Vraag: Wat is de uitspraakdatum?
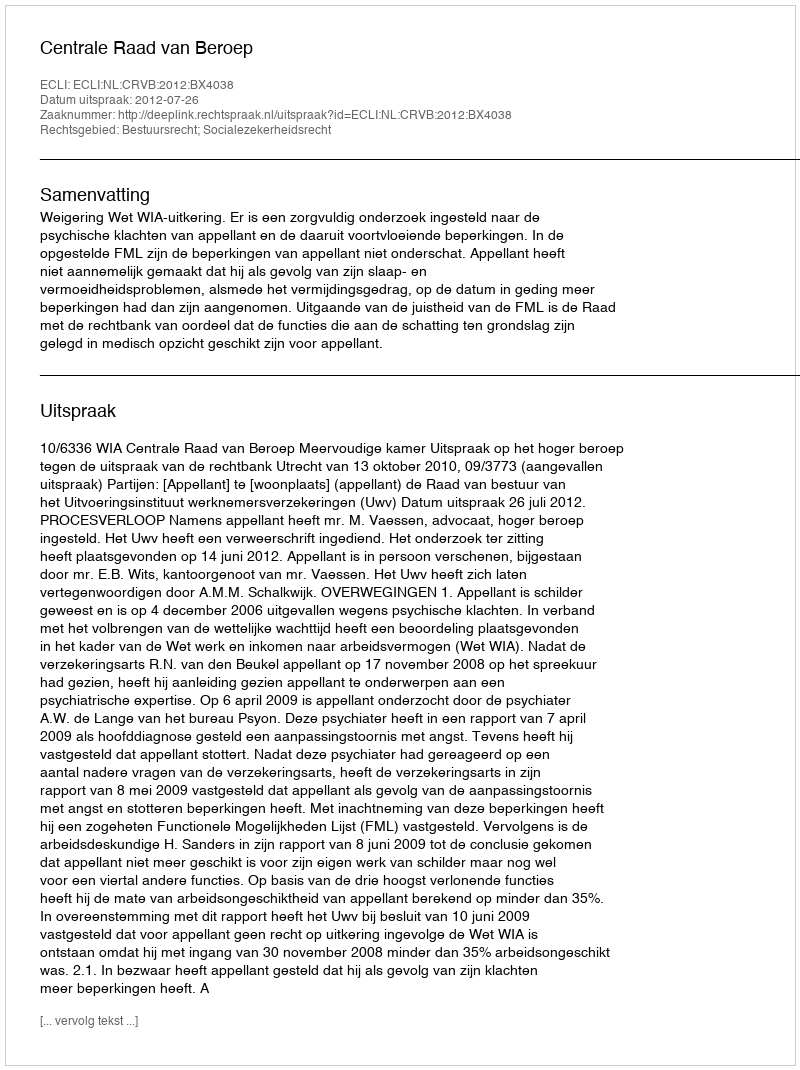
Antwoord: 2012-07-26